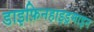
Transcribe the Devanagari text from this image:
डाइफ़िनहाइड्रमाइन